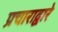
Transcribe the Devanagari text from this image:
प्रचाराद्वारे